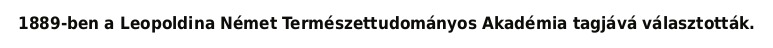
1889-ben a Leopoldina Német Természettudományos Akadémia tagjává választották.